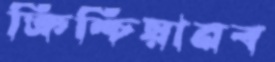
ক্রিশ্চিয়ানব